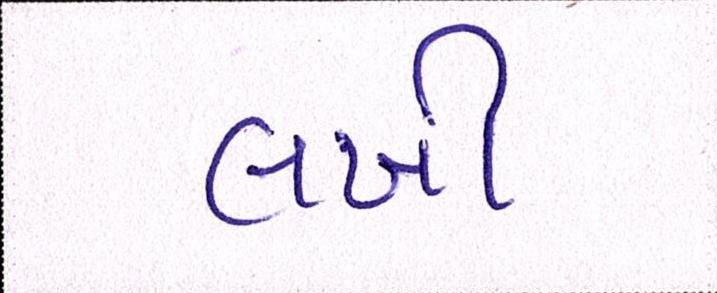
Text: લખી